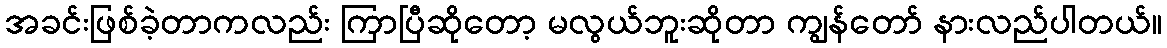
အခင်းဖြစ်ခဲ့တာကလည်း ကြာပြီဆိုတော့ မလွယ်ဘူးဆိုတာ ကျွန်တော် နားလည်ပါတယ်။